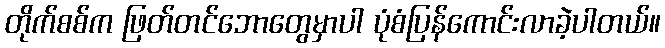
တိုက်စစ်က ဖြတ်တင်ဘောတွေမှာပါ ပုံစံပြန်ကောင်းလာခဲ့ပါတယ်။